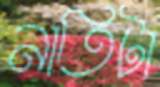
নাতিটা